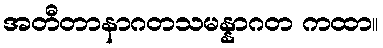
အတီတာနာဂတသမန္နာဂတ ကထာ။